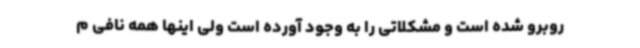
روبرو شده است و مشکلاتی را به وجود آورده است ولی اینها همه نافی م